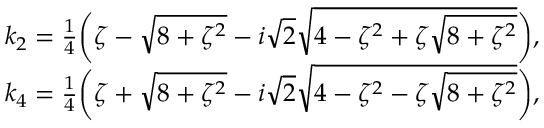
\begin{array} { r l } & { k _ { 2 } = \frac { 1 } { 4 } \bigg ( \zeta - \sqrt { 8 + \zeta ^ { 2 } } - i \sqrt { 2 } \sqrt { 4 - \zeta ^ { 2 } + \zeta \sqrt { 8 + \zeta ^ { 2 } } } \bigg ) , } \\ & { k _ { 4 } = \frac { 1 } { 4 } \bigg ( \zeta + \sqrt { 8 + \zeta ^ { 2 } } - i \sqrt { 2 } \sqrt { 4 - \zeta ^ { 2 } - \zeta \sqrt { 8 + \zeta ^ { 2 } } } \bigg ) , } \end{array}